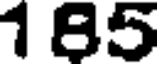
185